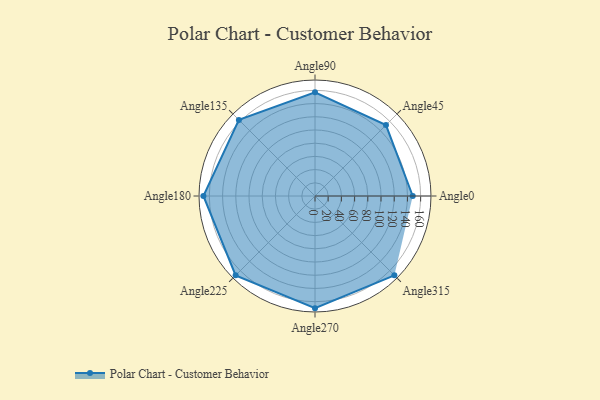
{"axis": {"x": "Angle", "y": "Radius"}, "legend": [""], "data": [{"x": "Angle0", "y": 148.0, "type": ""}, {"x": "Angle45", "y": 152.0, "type": ""}, {"x": "Angle90", "y": 157.0, "type": ""}, {"x": "Angle135", "y": 163.0, "type": ""}, {"x": "Angle180", "y": 169.0, "type": ""}, {"x": "Angle225", "y": 170, "type": ""}, {"x": "Angle270", "y": 170, "type": ""}, {"x": "Angle315", "y": 170, "type": ""}]}